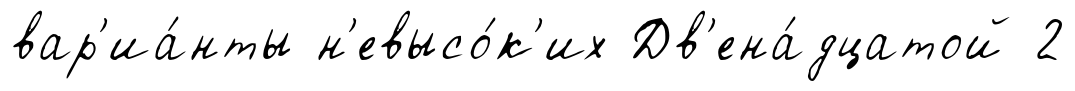
вар'иа́нты н'евысо́к'их Дв'ена́дцатой 2